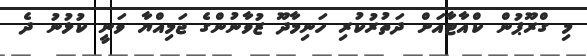
މި ގްރޫޕުން ކްއާޓާއަށް ދަތުރުކުރި ހަނިމާދޫ ޒުވާނުންގެ ޖަމިއްޔާ ވަނީ ކުޅުނު ދެ